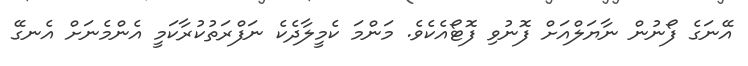
އޭނަގެ ފޯނުން ނާޔަލްއަށް ފޮނުވި ފޮޓޯއެކެވެ. މަންމަ ކެމީލާދެކެ ނަފްރަތުކުރާކަމީ އެންމެނަށް އެނގޭ